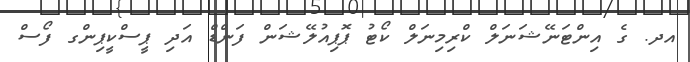
އދ. ގެ އިންޓަނޭޝަނަލް ކްރިމިނަލް ކޯޓު ޕޮޕިއުލޭޝަން ފަންޑް އަދި ޕީސްކީޕިންގ ފޯސް